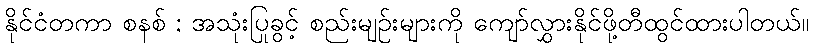
နိုင်ငံတကာ စနစ် ; အသုံးပြုခွင့် စည်းမျဉ်းများကို ကျော်လွှားနိုင်ဖို့တီထွင်ထားပါတယ်။